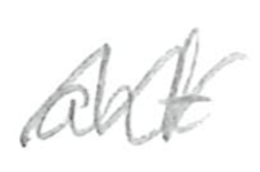
Text: art
Cross-out: zig-zag
Writing tool: pencil